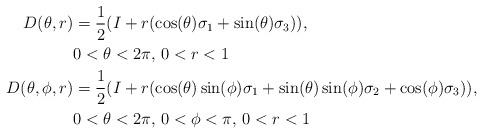
LaTeX: \begin{align*}D(\theta,r) &= \frac{1}{2}(I+r(\cos(\theta)\sigma_1+\sin (\theta)\sigma_3)), \\ & 0<\theta<2\pi,\, 0<r<1 \\D(\theta,\phi,r) &= \frac{1}{2}(I+r(\cos(\theta) \sin (\phi) \sigma_1 +\sin(\theta)\sin (\phi)\sigma_2+\cos(\phi) \sigma_3)), \\ & 0<\theta<2\pi,\, 0<\phi<\pi,\, 0<r<1\end{align*}